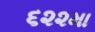
૬૨૨મા